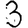
Digit: 3